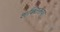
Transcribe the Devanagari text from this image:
शक्तिरूपा